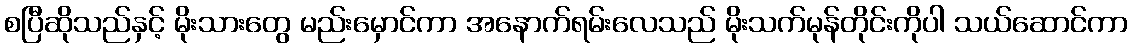
စပြီဆိုသည်နှင့် မိုးသားတွေ မည်းမှောင်ကာ အနောက်ရမ်းလေသည် မိုးသက်မုန်တိုင်းကိုပါ သယ်ဆောင်ကာ